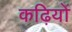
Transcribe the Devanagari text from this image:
कढ़ियों